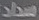
سداد